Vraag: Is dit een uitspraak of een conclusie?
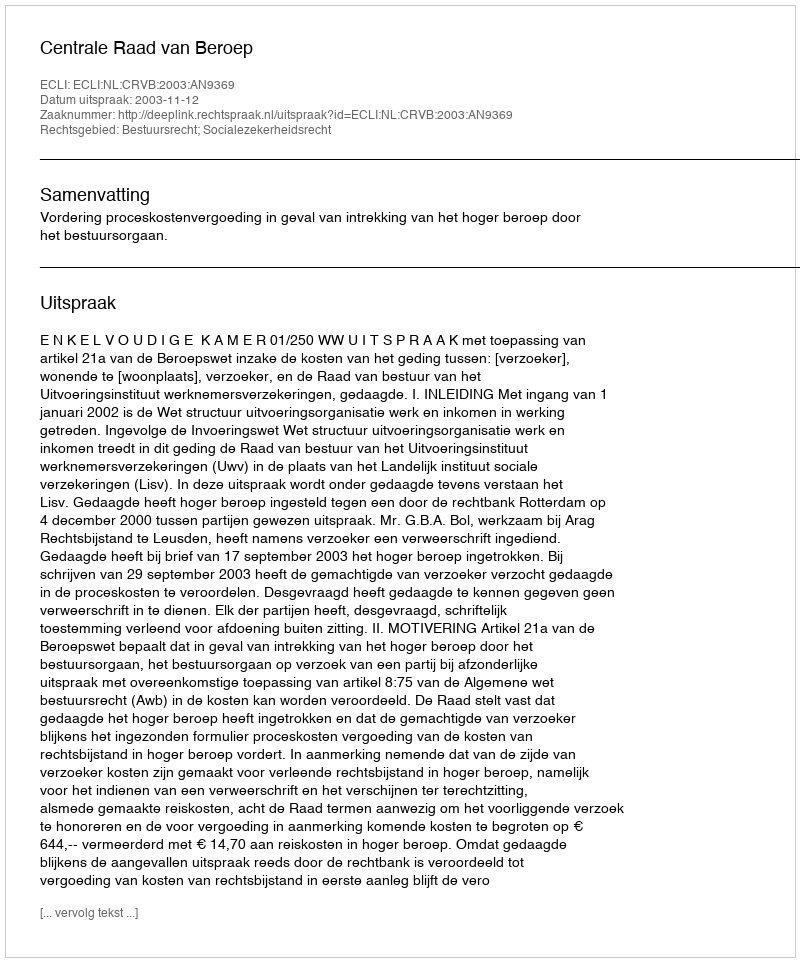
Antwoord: Uitspraak